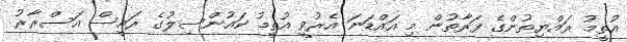
އުތީމު ރައްޔިތުންގެ ފަރާތުން މި އައްޑަނަ އެރުވީ އުތީމު ކައުންސިލުގެ ރައީސް އަސްރާރު